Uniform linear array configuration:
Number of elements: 4
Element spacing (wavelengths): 0.75
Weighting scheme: hamming
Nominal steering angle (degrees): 0
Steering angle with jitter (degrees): -0.7412
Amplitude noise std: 0.05
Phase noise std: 0.05

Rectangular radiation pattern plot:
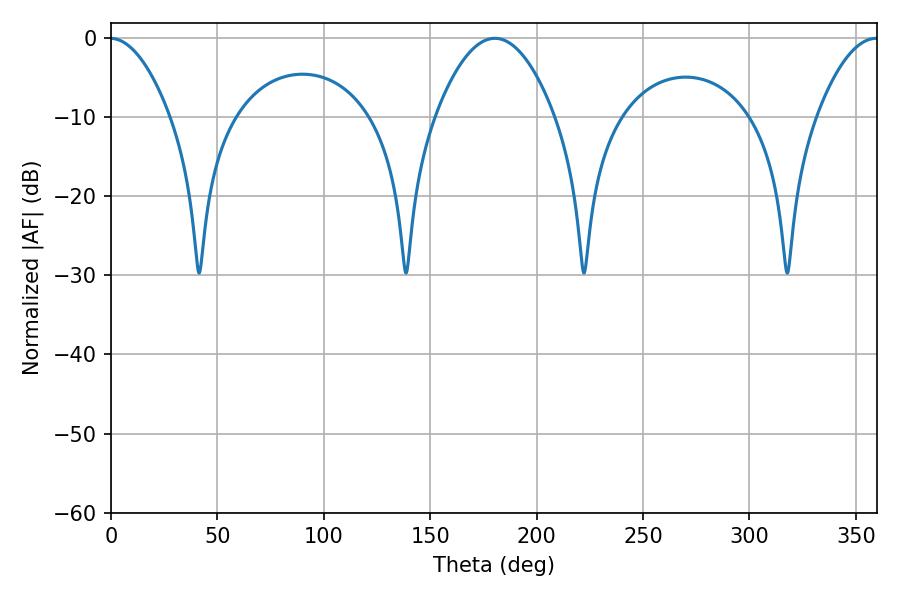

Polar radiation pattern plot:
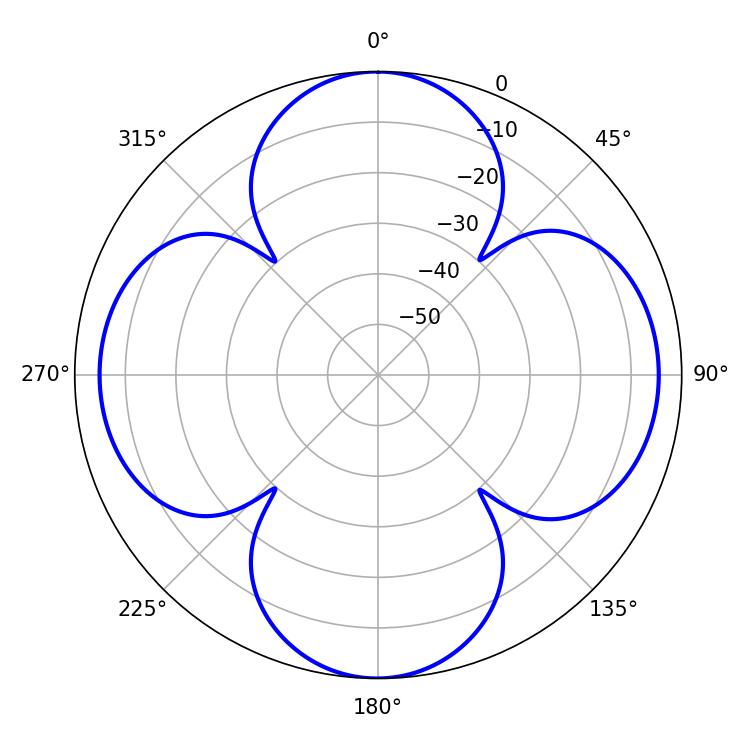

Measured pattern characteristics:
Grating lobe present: TRUE
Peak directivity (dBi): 20.023
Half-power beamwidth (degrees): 30.96
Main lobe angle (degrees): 180.36